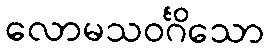
လောမသဝင်္ဂိသော